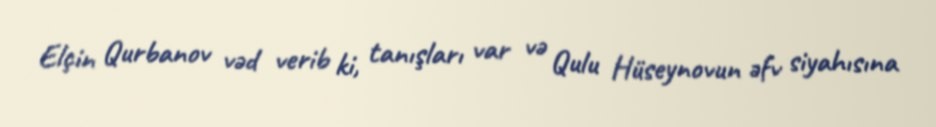
Elçin Qurbanov vəd verib ki, tanışları var və Qulu Hüseynovun əfv siyahısına